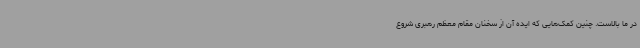
در ما بالاست. چنین کمک‌هایی که ایده آن از سخنان مقام معظم رهبری شروع